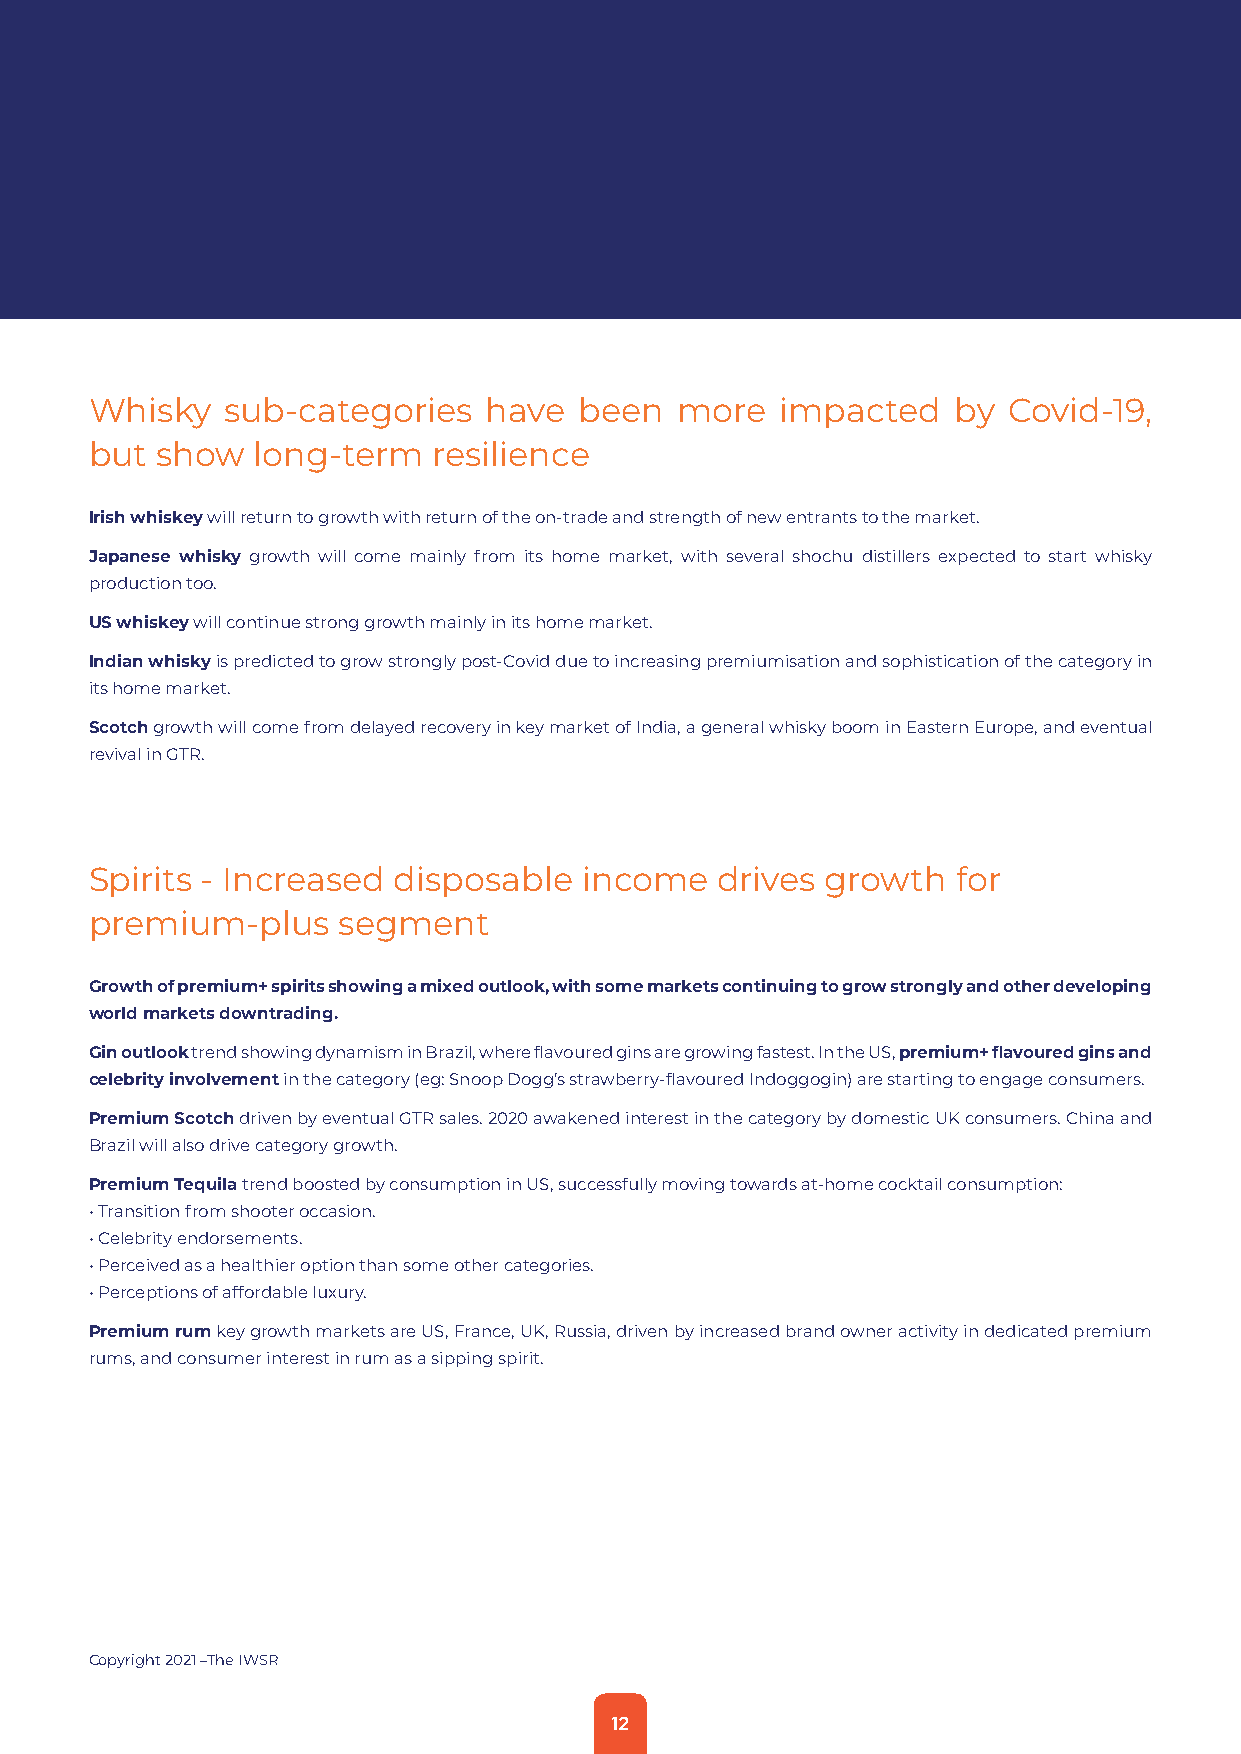
Whisky   sub-categories   have  been   more   impacted   by  Covid-19,
 but show   long-term   resilience
 Irish whiskey will return to growth with return of the on-trade and strength of new entrants to the market.
 Japanese whisky growth will come mainly from its home market, with several shochu distillers expected to start whisky
 production too.
 US whiskey will continue strong growth mainly in its home market.
 Indian whisky is predicted to grow strongly post-Covid due to increasing premiumisation and sophistication of the category in
 its home market.
 Scotch growth will come from delayed recovery in key market of India, a general whisky boom in Eastern Europe, and eventual
 revival in GTR.
 Spirits - Increased disposable   income  drives  growth  for
 premium-plus    segment
 Growth of premium+ spirits showing a mixed outlook, with some markets continuing to grow strongly and other developing
 world markets downtrading.
 Gin outlook trend showing dynamism in Brazil, where flavoured gins are growing fastest. In the US, premium+ flavoured gins and
 celebrity involvement in the category (eg: Snoop Dogg’s strawberry-flavoured Indoggogin) are starting to engage consumers.
 Premium Scotch driven by eventual GTR sales. 2020 awakened interest in the category by domestic UK consumers. China and
 Brazil will also drive category growth.
 Premium Tequila trend boosted by consumption in US, successfully moving towards at-home cocktail consumption:
 • Transition from shooter occasion.
 • Celebrity endorsements.
 • Perceived as a healthier option than some other categories.
 • Perceptions of affordable luxury.
 Premium rum key growth markets are US, France, UK, Russia, driven by increased brand owner activity in dedicated premium
 rums, and consumer interest in rum as a sipping spirit.
 Copyright 2021 –The IWSR
 12